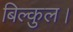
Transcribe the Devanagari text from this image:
बिल्कुल।